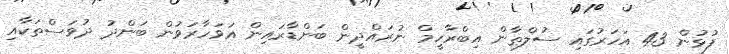
ފުޅުން 43 އަހަރުގައި ސުލްޠާން އިބްރާހީމް ނުރައްދީން ބަންޑާރައިން އަވަހާރަވުން ބަންދު ދުވަސްތަކާއި